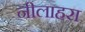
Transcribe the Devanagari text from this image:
नीलाहरा